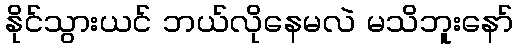
နိုင်သွားယင် ဘယ်လိုနေမလဲ မသိဘူးနော်